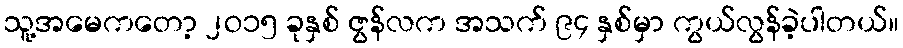
သူ့အမေကတော့ ၂ဝ၁၅ ခုနှစ် ဇွန်လက အသက် ၉၄ နှစ်မှာ ကွယ်လွန်ခဲ့ပါတယ်။